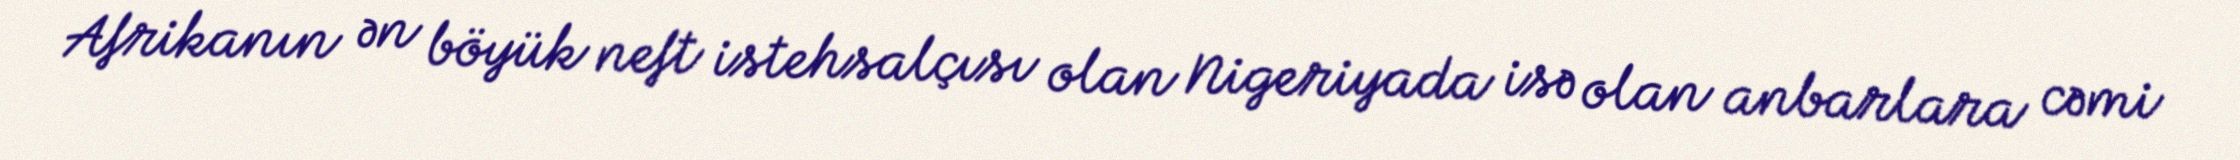
Afrikanın ən böyük neft istehsalçısı olan Nigeriyada isə olan anbarlara cəmi